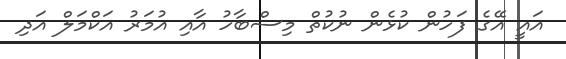
އައީ އޭގެ ފަހުން ކުޅެން ނުކުތް މިސްބާހު އާއި އުމަރު އަކްމަލް އަދި